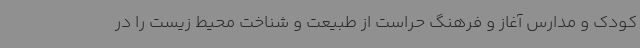
کودک و مدارس آغاز و فرهنگ حراست از طبیعت و شناخت محیط زیست را در